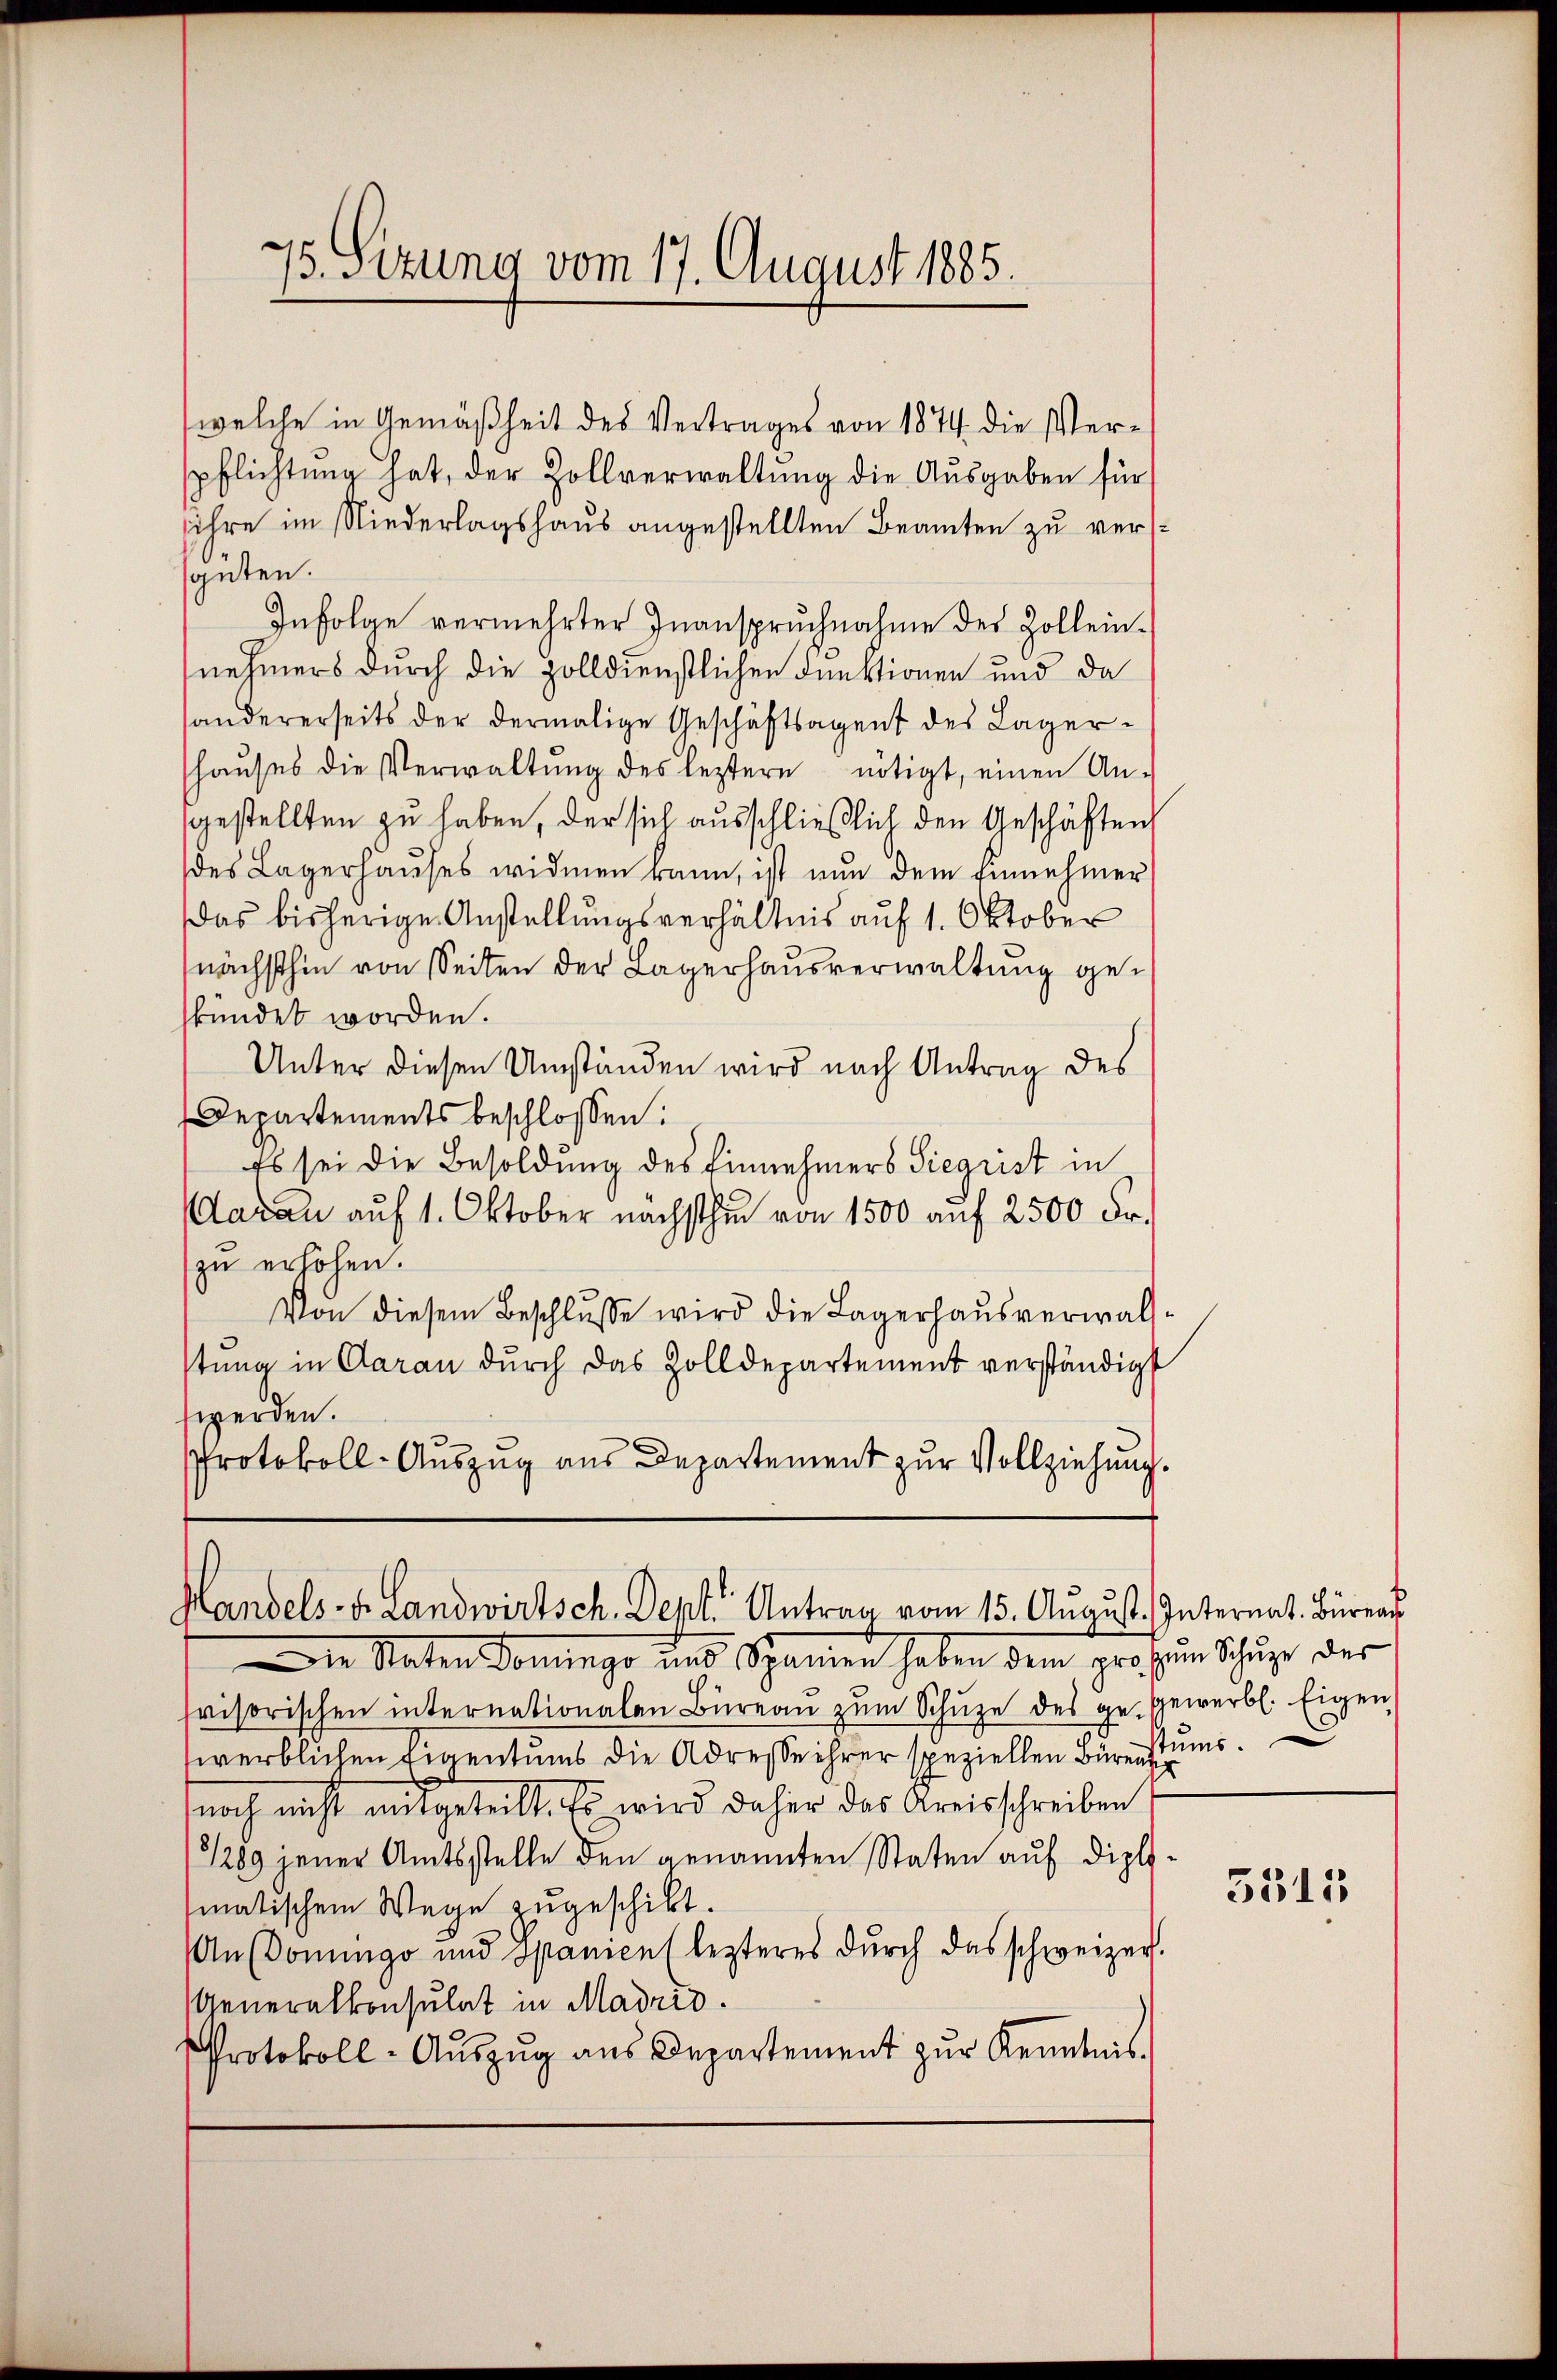
welche in Gemäßheit des Vertrages von 1874 die Verpflichtung hat, der Zollverwaltung die Ausgaben für
ihre im Niederlagshaus angestellten Beamten zu verssguten.
Infolge vermehrter Inanspruchnahme des Zollein-
nehmers durch die zolldienstlichen Funktionen und da
sandererseits der dermalige Geschäftsagent des Lagerhaŭses die Verwaltŭng des leztere nötigt, einen An-
gestellten zu haben, der sich ausschließlich den Geschäften
des Lagerhauses widmen kann, ist nun dem Einnehmer
Das bisherige Anstellungsverhältnis auf 1. Oktober
nächsthin von Seiten der Lagerhausverwaltung gekündet worden.
Unter diesen Umständen wird nach Antrag des
Departements beschlossen:
Es sei die Besoldung des Einnehmers Sicorist in
(Aarau auf 1. Oktober nächsthin von 1500 auf 2500 Fr.
zu erhöhen.
Von diesem Beschlusse wird die Lagerhausverwalstung in Aarau durch das Zolldepartement verständigt
werden.
Protokoll-Auszug aus Departement zur Vollziehung.

75. Sitzung vom 17. August 1885.

Handels- u. Landwirtsch. Dept. Antrag vom 15. August. Internat. Bürea

Die Staten Donngo uns Spanien haben dem grossen Schuze der
svisorischen internationalen Büreau zum Schuze des gegewerbl. Eigen
werblichen Eigentums die Adresse ihrer speziellen Bürens s
noch nicht mitgeteilt. Es wird daher das Kreisschreiben
1289 jener Amtsstelle den genannten Staten auf diplomatischem Wege zugeschikt.
Ansoningo und Spanien (lezteres dŭrch das schweizer.
Generalkonsulat in Madrid.
Protokoll-Aŭszŭg aŭs Departement zŭr Kenntnis.

3515